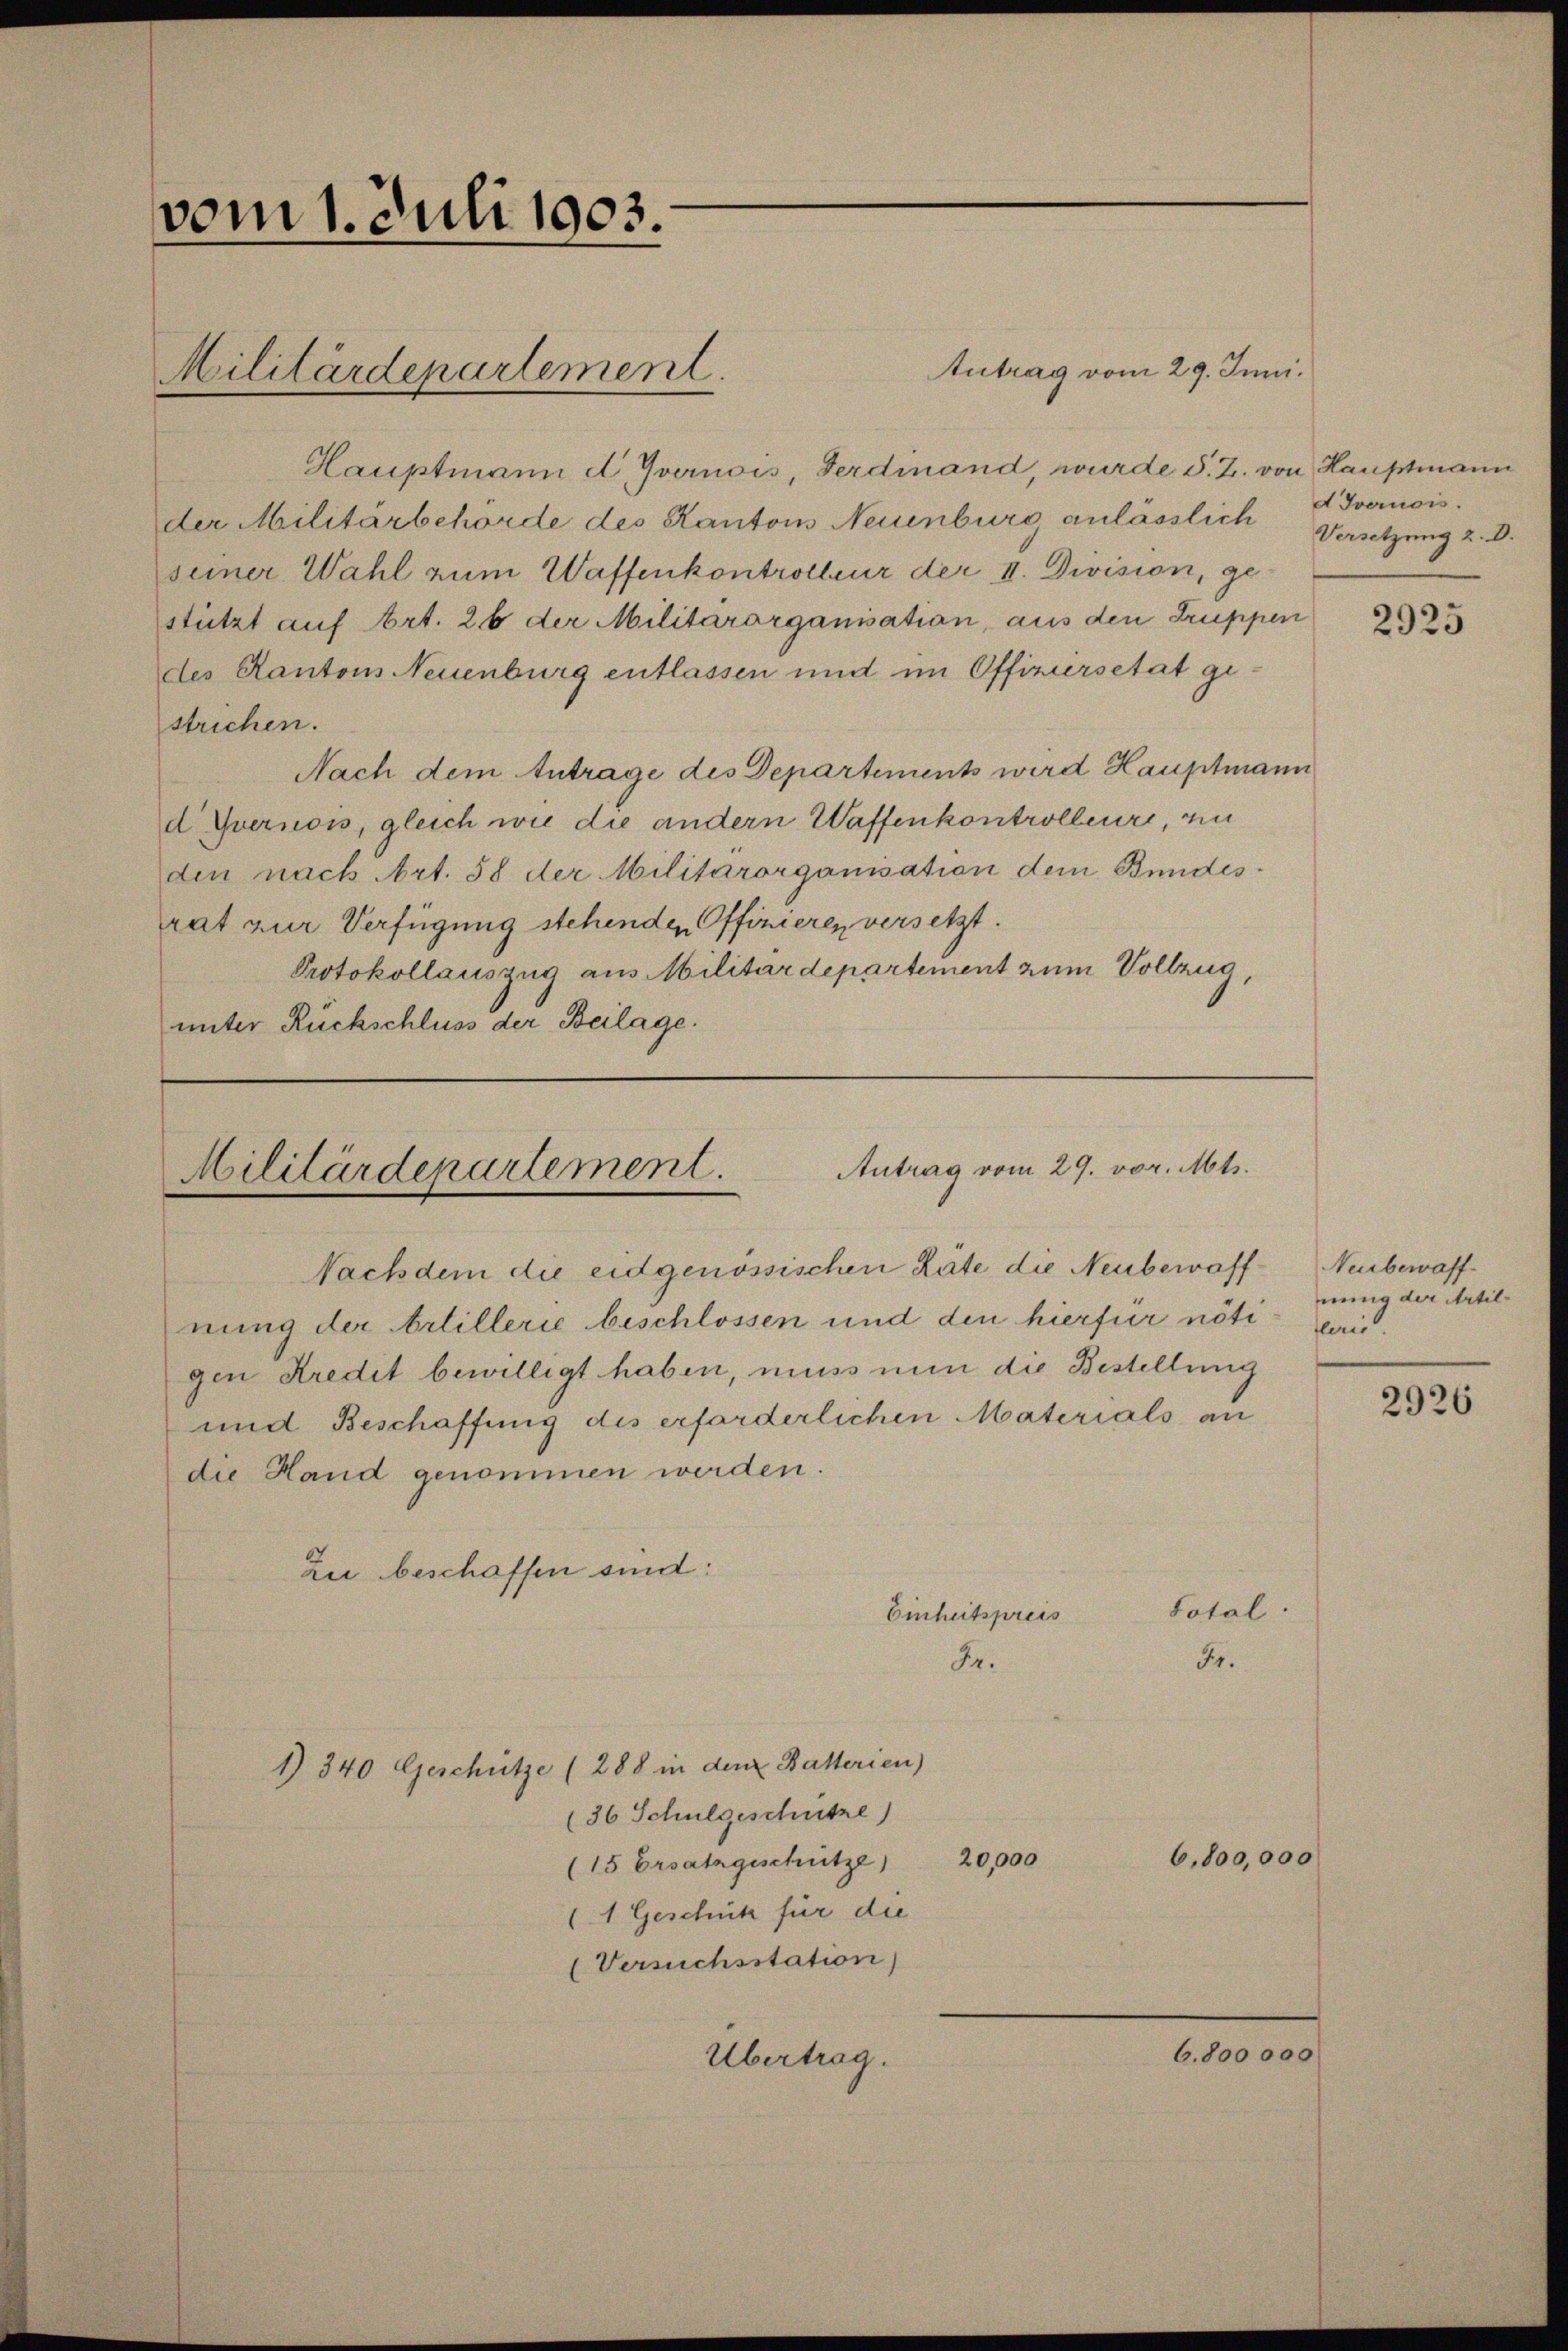
vom 1. Juli 1903.

Militärdepartement.

Antrag vom 29. vor. Mts.
Militärdepartement.
Nachdem die eidgenössischen Räte die Neubewaff¬

nung der Artillerie beschlossen und den hierfür nöti
gen Kredit bewilligt haben, muss nun die Bestellung
und Beschaffung des erforderlichen Materials an
die Hand genommen werden.
Zei beschaffen sind:
Einheitspreis
Fr.
1) 340 Geschütze (288 in dem Batterien)
(36 Schulgeschütze)
6,800,000
20,000
(15 Ersatzgeschütze)
(1 Geschick für die
(Versuchsstation)
6.800000
Übertrag.

Lotal
Fr.

Antrag vom 29. Juni.
Hauptmann u. Ivernois, Ferdinand, wurde s. Z. von Hauptmann
der Militärbehörde des Kantons Neuenburg anlässlich vornois.
seiner Wahl zum Waffenkontroller der II. Division, gestützt auf Art. 26 der Militärorganisation, aus den Truppen
des Kantons Neuenburg entlassen und im Offiziersetät ge-
strichen.
Nach dem Antrage des Departements wird Hauptmann
d Yvernois, gleich wie die andern Waffenkontrolleure, zu
den nach Art. 58 der Militärorganisation dem Bundesrat zur Verfügung stehenden Offizieren versetzt.
Protokollauszug aus Militärdepartement zum Vollzug,
unter Rückschluss der Beilage.

Versetzung 2. D.

2925

Neubewaff
nung der Artilflerie

2926